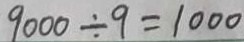
9 0 0 0 \div 9 = 1 0 0 0